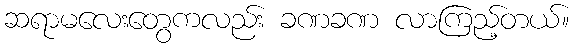
ဆရာမလေးတွေကလည်း ခဏခဏ လာကြည့်တယ်။